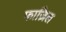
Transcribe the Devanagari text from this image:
फाज़िल